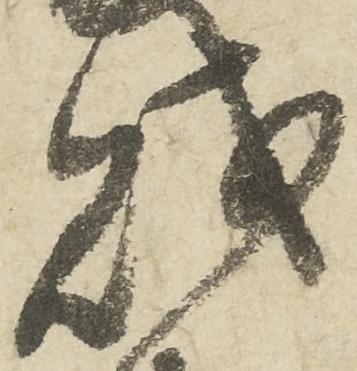
財